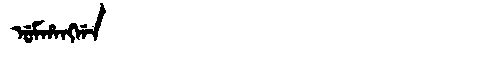
Manchu: ᡠᠮᡥᠠᠩᡤᠠ
Romanization: UMHANGGA